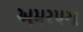
અમરપરા